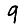
Digit: 9